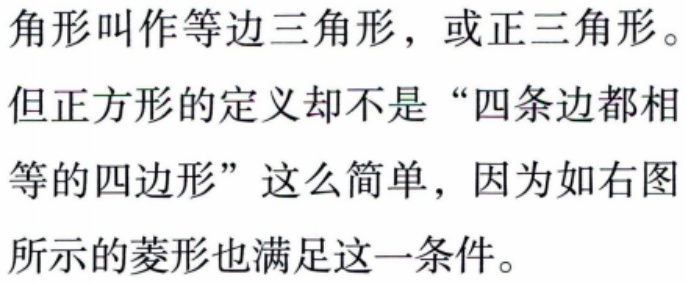
角形叫作等边三角形，或正三角形。

但正方形的定义却不是“四条边都相

等的四边形”这么简单，因为如右图

所示的菱形也满足这一条件。